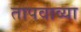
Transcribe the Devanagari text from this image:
तापवाव्या